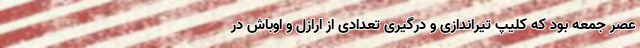
عصر جمعه بود که کلیپ تیراندازی و درگیری تعدادی از ارازل و اوباش در